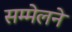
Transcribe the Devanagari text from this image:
सम्मेलने